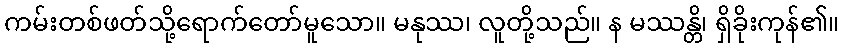
ကမ်းတစ်ဖတ်သို့ရောက်တော်မူသော။ မနုဿ၊ လူတို့သည်။ န မဿန္တိ၊ ရှိခိုးကုန်၏။